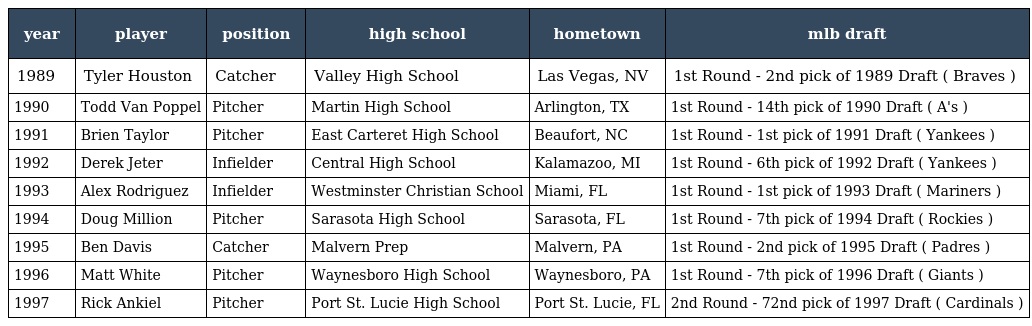
| year | player | position | high school | hometown | mlb draft |
 | --- | --- | --- | --- | --- | --- |
 | 1989 | Tyler Houston | Catcher | Valley High School | Las Vegas, NV | 1st Round - 2nd pick of 1989 Draft ( Braves ) |
 | 1990 | Todd Van Poppel | Pitcher | Martin High School | Arlington, TX | 1st Round - 14th pick of 1990 Draft ( A's ) |
 | 1991 | Brien Taylor | Pitcher | East Carteret High School | Beaufort, NC | 1st Round - 1st pick of 1991 Draft ( Yankees ) |
 | 1992 | Derek Jeter | Infielder | Central High School | Kalamazoo, MI | 1st Round - 6th pick of 1992 Draft ( Yankees ) |
 | 1993 | Alex Rodriguez | Infielder | Westminster Christian School | Miami, FL | 1st Round - 1st pick of 1993 Draft ( Mariners ) |
 | 1994 | Doug Million | Pitcher | Sarasota High School | Sarasota, FL | 1st Round - 7th pick of 1994 Draft ( Rockies ) |
 | 1995 | Ben Davis | Catcher | Malvern Prep | Malvern, PA | 1st Round - 2nd pick of 1995 Draft ( Padres ) |
 | 1996 | Matt White | Pitcher | Waynesboro High School | Waynesboro, PA | 1st Round - 7th pick of 1996 Draft ( Giants ) |
 | 1997 | Rick Ankiel | Pitcher | Port St. Lucie High School | Port St. Lucie, FL | 2nd Round - 72nd pick of 1997 Draft ( Cardinals ) |